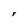
Character: r